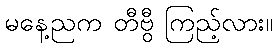
မနေ့ညက တီဗွီ ကြည့်လား။